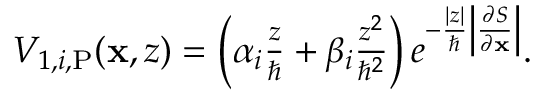
\begin{array} { r } { V _ { 1 , i , \mathrm { P } } ( \mathbf { x } , z ) = \left( \alpha _ { i } \frac { z } { \hbar } + \beta _ { i } \frac { z ^ { 2 } } { \hbar ^ { 2 } } \right) e ^ { - \frac { | z | } { \hbar } \left| \frac { \partial S } { \partial \mathbf { x } } \right| } . } \end{array}